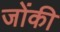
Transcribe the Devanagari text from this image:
जोंकी